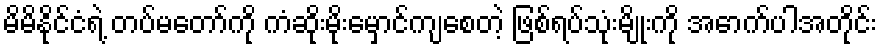
မိမိနိုင်ငံရဲ့ တပ်မတော်ကို ကံဆိုးမိုးမှောင်ကျစေတဲ့ ဖြစ်ရပ်သုံးမျိုးကို အောက်ပါအတိုင်း